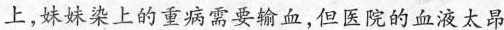
上，妹妹染上的重病需要输血，但医院的血液太昂